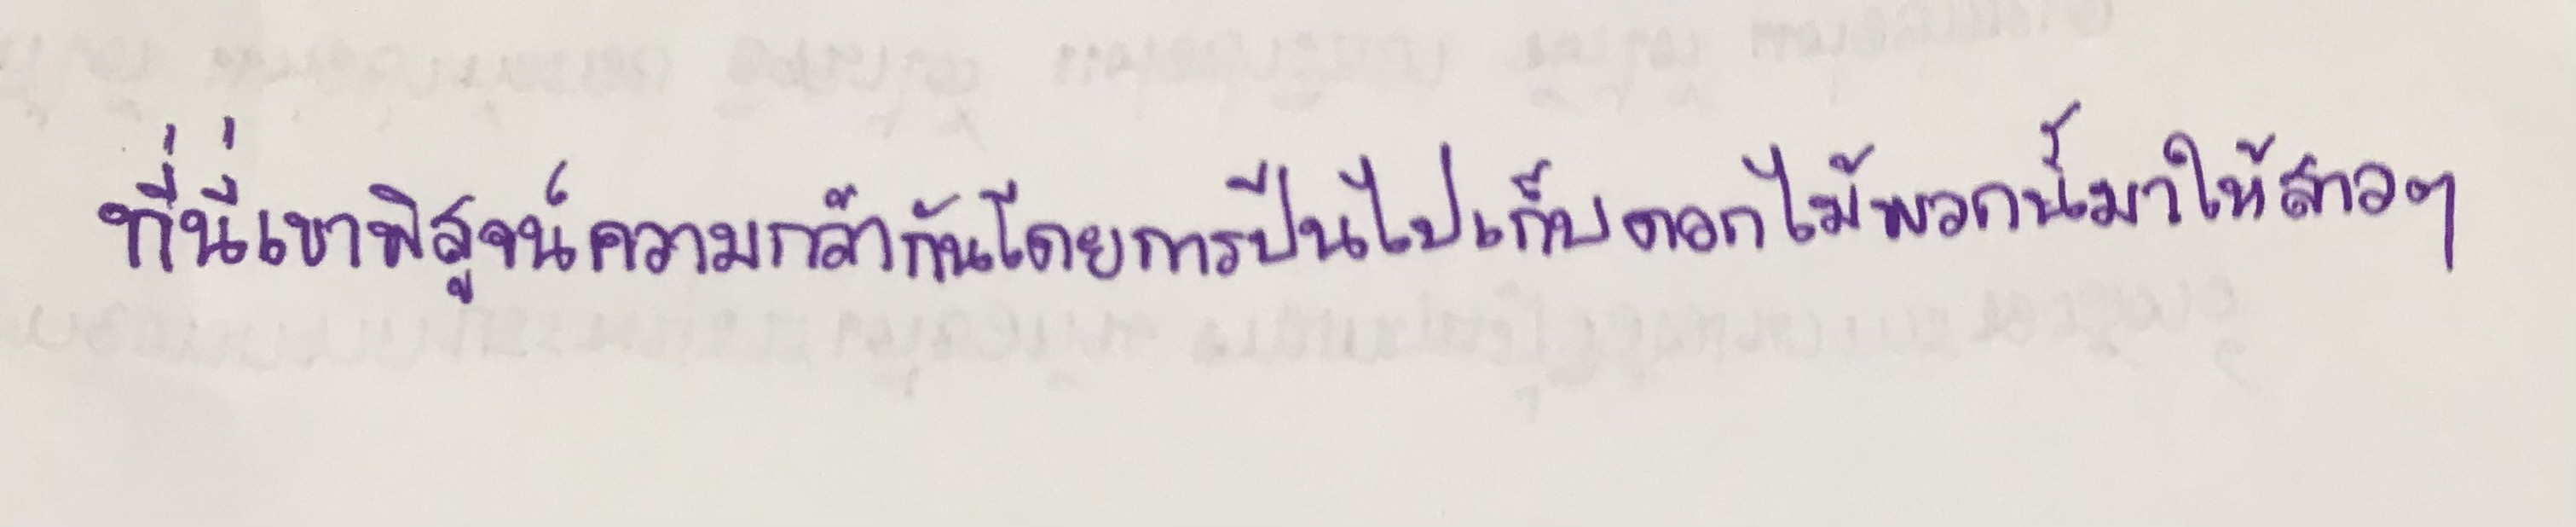
ที่นี่เขาพิสูจน์ความกล้ากันโดยการปีนไปเก็บดอกไม้พวกนี้มาให้สาวๆ